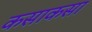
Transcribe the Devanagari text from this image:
कसाकसा